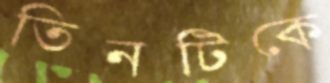
তিনটিকে